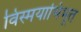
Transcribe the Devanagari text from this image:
विस्मयाभिभूत